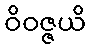
ဝိဝဇ္ဇယိ